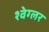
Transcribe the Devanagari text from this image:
श्वेग्लर